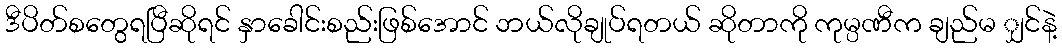
ဒီပိတ်စတွေရပြီဆိုရင် နှာခေါင်းစည်းဖြစ်အောင် ဘယ်လိုချုပ်ရတယ် ဆိုတာကို ကုမ္ပဏီက ချည်မ ျှင်နဲ့